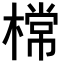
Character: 𣙟